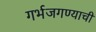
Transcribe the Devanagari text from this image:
गर्भजगण्याची